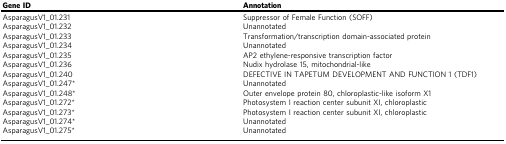
<table><thead><tr><td><b>Gene ID</b></td><td><b>Annotation</b></td></tr></thead><tbody><tr><td>AsparagusV1_01.231</td><td>Suppressor of Female Function (SOFF)</td></tr><tr><td>AsparagusV1_01.232</td><td>Unannotated</td></tr><tr><td>AsparagusV1_01.233</td><td>Transformation/transcription domain-associated protein</td></tr><tr><td>AsparagusV1_01.234</td><td>Unannotated</td></tr><tr><td>AsparagusV1_01.235</td><td>AP2 ethylene-responsive transcription factor</td></tr><tr><td>AsparagusV1_01.236</td><td>Nudix hydrolase 15, mitochondrial-like</td></tr><tr><td>AsparagusV1_01.240</td><td>DEFECTIVE IN TAPETUM DEVELOPMENT AND FUNCTION 1 (TDF1)</td></tr><tr><td>AsparagusV1_01.247*</td><td>Unannotated</td></tr><tr><td>AsparagusV1_01.248*</td><td>Outer envelope protein 80, chloroplastic-like isoform X1</td></tr><tr><td>AsparagusV1_01.272*</td><td>Photosystem I reaction center subunit XI, chloroplastic</td></tr><tr><td>AsparagusV1_01.273*</td><td>Photosystem I reaction center subunit XI, chloroplastic</td></tr><tr><td>AsparagusV1_01.274*</td><td>Unannotated</td></tr><tr><td>AsparagusV1_01.275*</td><td>Unannotated</td></tr></tbody></table>